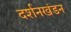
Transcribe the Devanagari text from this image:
दर्शनखंडन